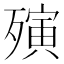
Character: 殥